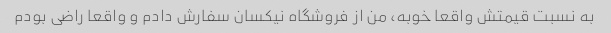
به نسبت قیمتش واقعا خوبه، من از فروشگاه نیکسان سفارش دادم و واقعا راضی بودم